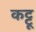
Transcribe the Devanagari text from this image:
कट्टू